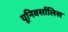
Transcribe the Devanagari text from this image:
यूनिवर्सालिस